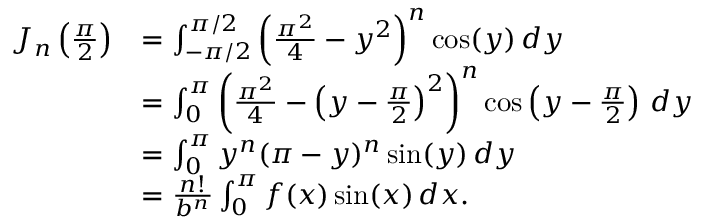
{ \begin{array} { r l } { J _ { n } \left( { \frac { \pi } { 2 } } \right) } & { = \int _ { - \pi / 2 } ^ { \pi / 2 } \left( { \frac { \pi ^ { 2 } } { 4 } } - y ^ { 2 } \right) ^ { n } \cos ( y ) \, d y } \\ & { = \int _ { 0 } ^ { \pi } \left( { \frac { \pi ^ { 2 } } { 4 } } - \left( y - { \frac { \pi } { 2 } } \right) ^ { 2 } \right) ^ { n } \cos \left( y - { \frac { \pi } { 2 } } \right) \, d y } \\ & { = \int _ { 0 } ^ { \pi } y ^ { n } ( \pi - y ) ^ { n } \sin ( y ) \, d y } \\ & { = { \frac { n ! } { b ^ { n } } } \int _ { 0 } ^ { \pi } f ( x ) \sin ( x ) \, d x . } \end{array} }